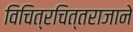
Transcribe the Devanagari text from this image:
विचित्रचित्तराजाने